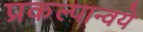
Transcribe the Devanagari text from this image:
प्रकल्पान्वये